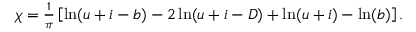
\begin{array} { r } { \chi = \frac { 1 } { \pi } \left[ \ln ( u + i - b ) - 2 \ln ( u + i - D ) + \ln ( u + i ) - \ln ( b ) \right] . } \end{array}